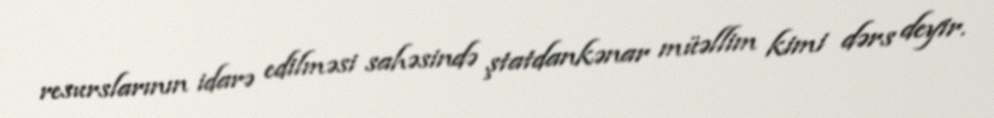
resurslarının idarə edilməsi sahəsində ştatdankənar müəllim kimi dərs deyir.